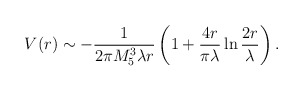
\begin{align*}V(r) \sim -\frac{1}{2 \pi M_5^3 \lambda r}\left( 1 + \frac{4 r}{\pi \lambda} \ln \frac{2 r}{\lambda} \right).\end{align*}